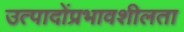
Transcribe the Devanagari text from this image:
उत्पादोंप्रभावशीलता